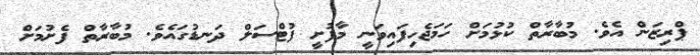
ޕްރިޒަން އެވެ. މުބާރާތް ކުޅުމަށް ހަމަޖެހިފައިވަނީ މާފުށީ ފުޓްސަލް ދަނޑުގައެވެ. މުބާރާތް ފެށުމަށް